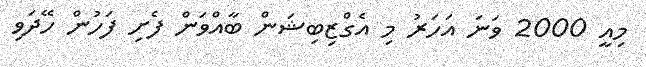
މިއީ 2000 ވަނަ އަހަރު މި އެގްޒިބިޝަން ބާއްވަން ފެށި ފަހުން ހޭދަވި